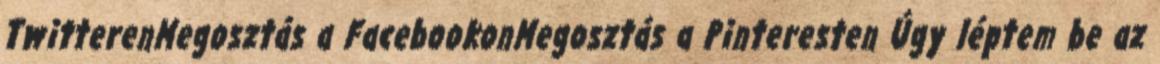
TwitterenMegosztás a FacebookonMegosztás a Pinteresten Úgy léptem be az